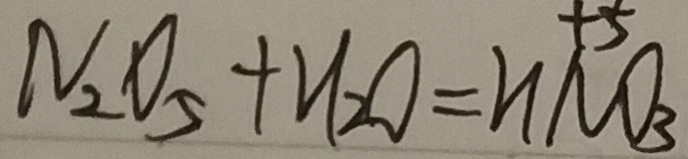
N _ { 2 } O _ { 5 } + H _ { 2 } O = H N O _ { 3 }